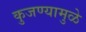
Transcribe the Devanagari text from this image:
कुजण्यामुळे